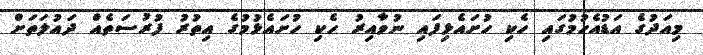
މިއަދުގެ އަޑުއެހުމުގައި ހެކި ހުށައެޅިފައި ނުވާއިރު ހެކި ހުށައެޅުމުގެ އިތުރު ފުރުސަތެއް ދައުލަތަށް